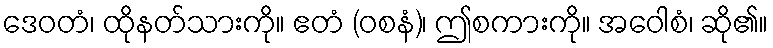
ဒေဝတံ၊ ထိုနတ်သားကို။ ဧတံ (ဝစနံ)၊ ဤစကားကို။ အဝေါစံ၊ ဆို၏။